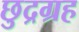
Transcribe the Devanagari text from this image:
छुद्रग्रह